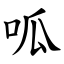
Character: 呱